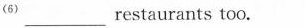
^{(6)} ___restaurants too.